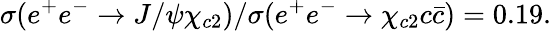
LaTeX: \sigma(e^{+}e^{-}\rightarrow J/\psi\chi_{c2})/\sigma(e^{+}e^{-}\rightarrow\chi_{c2}c\bar{c})=0.19.